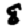
Digit: 8